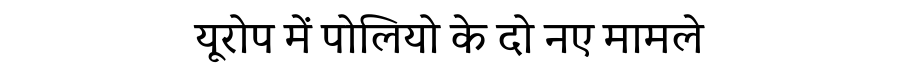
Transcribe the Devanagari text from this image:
यूरोप में पोलियो के दो नए मामले